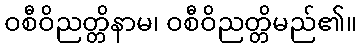
ဝစီဝိညတ္တိနာမ၊ ဝစီဝိညတ္တိမည်၏။